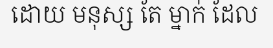
ដោយ មនុស្ស តែ ម្នាក់ ដែល